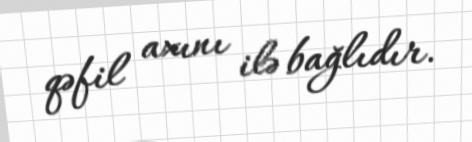
qəfil axını ilə bağlıdır.